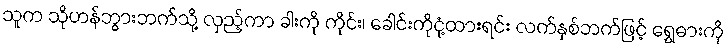
သူက သိုဟန်ဘွားဘက်သို့ လှည့်ကာ ခါးကို ကိုင်း၊ ခေါင်းကိုငုံ့ထားရင်း လက်နှစ်ဘက်ဖြင့် ရွှေဓားကို